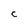
Character: C